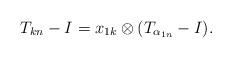
LaTeX: \begin{align*}T_{kn}-I=x_{1k}\otimes(T_{\alpha_{1n}}-I).\end{align*}